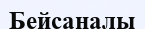
Бейсаналы